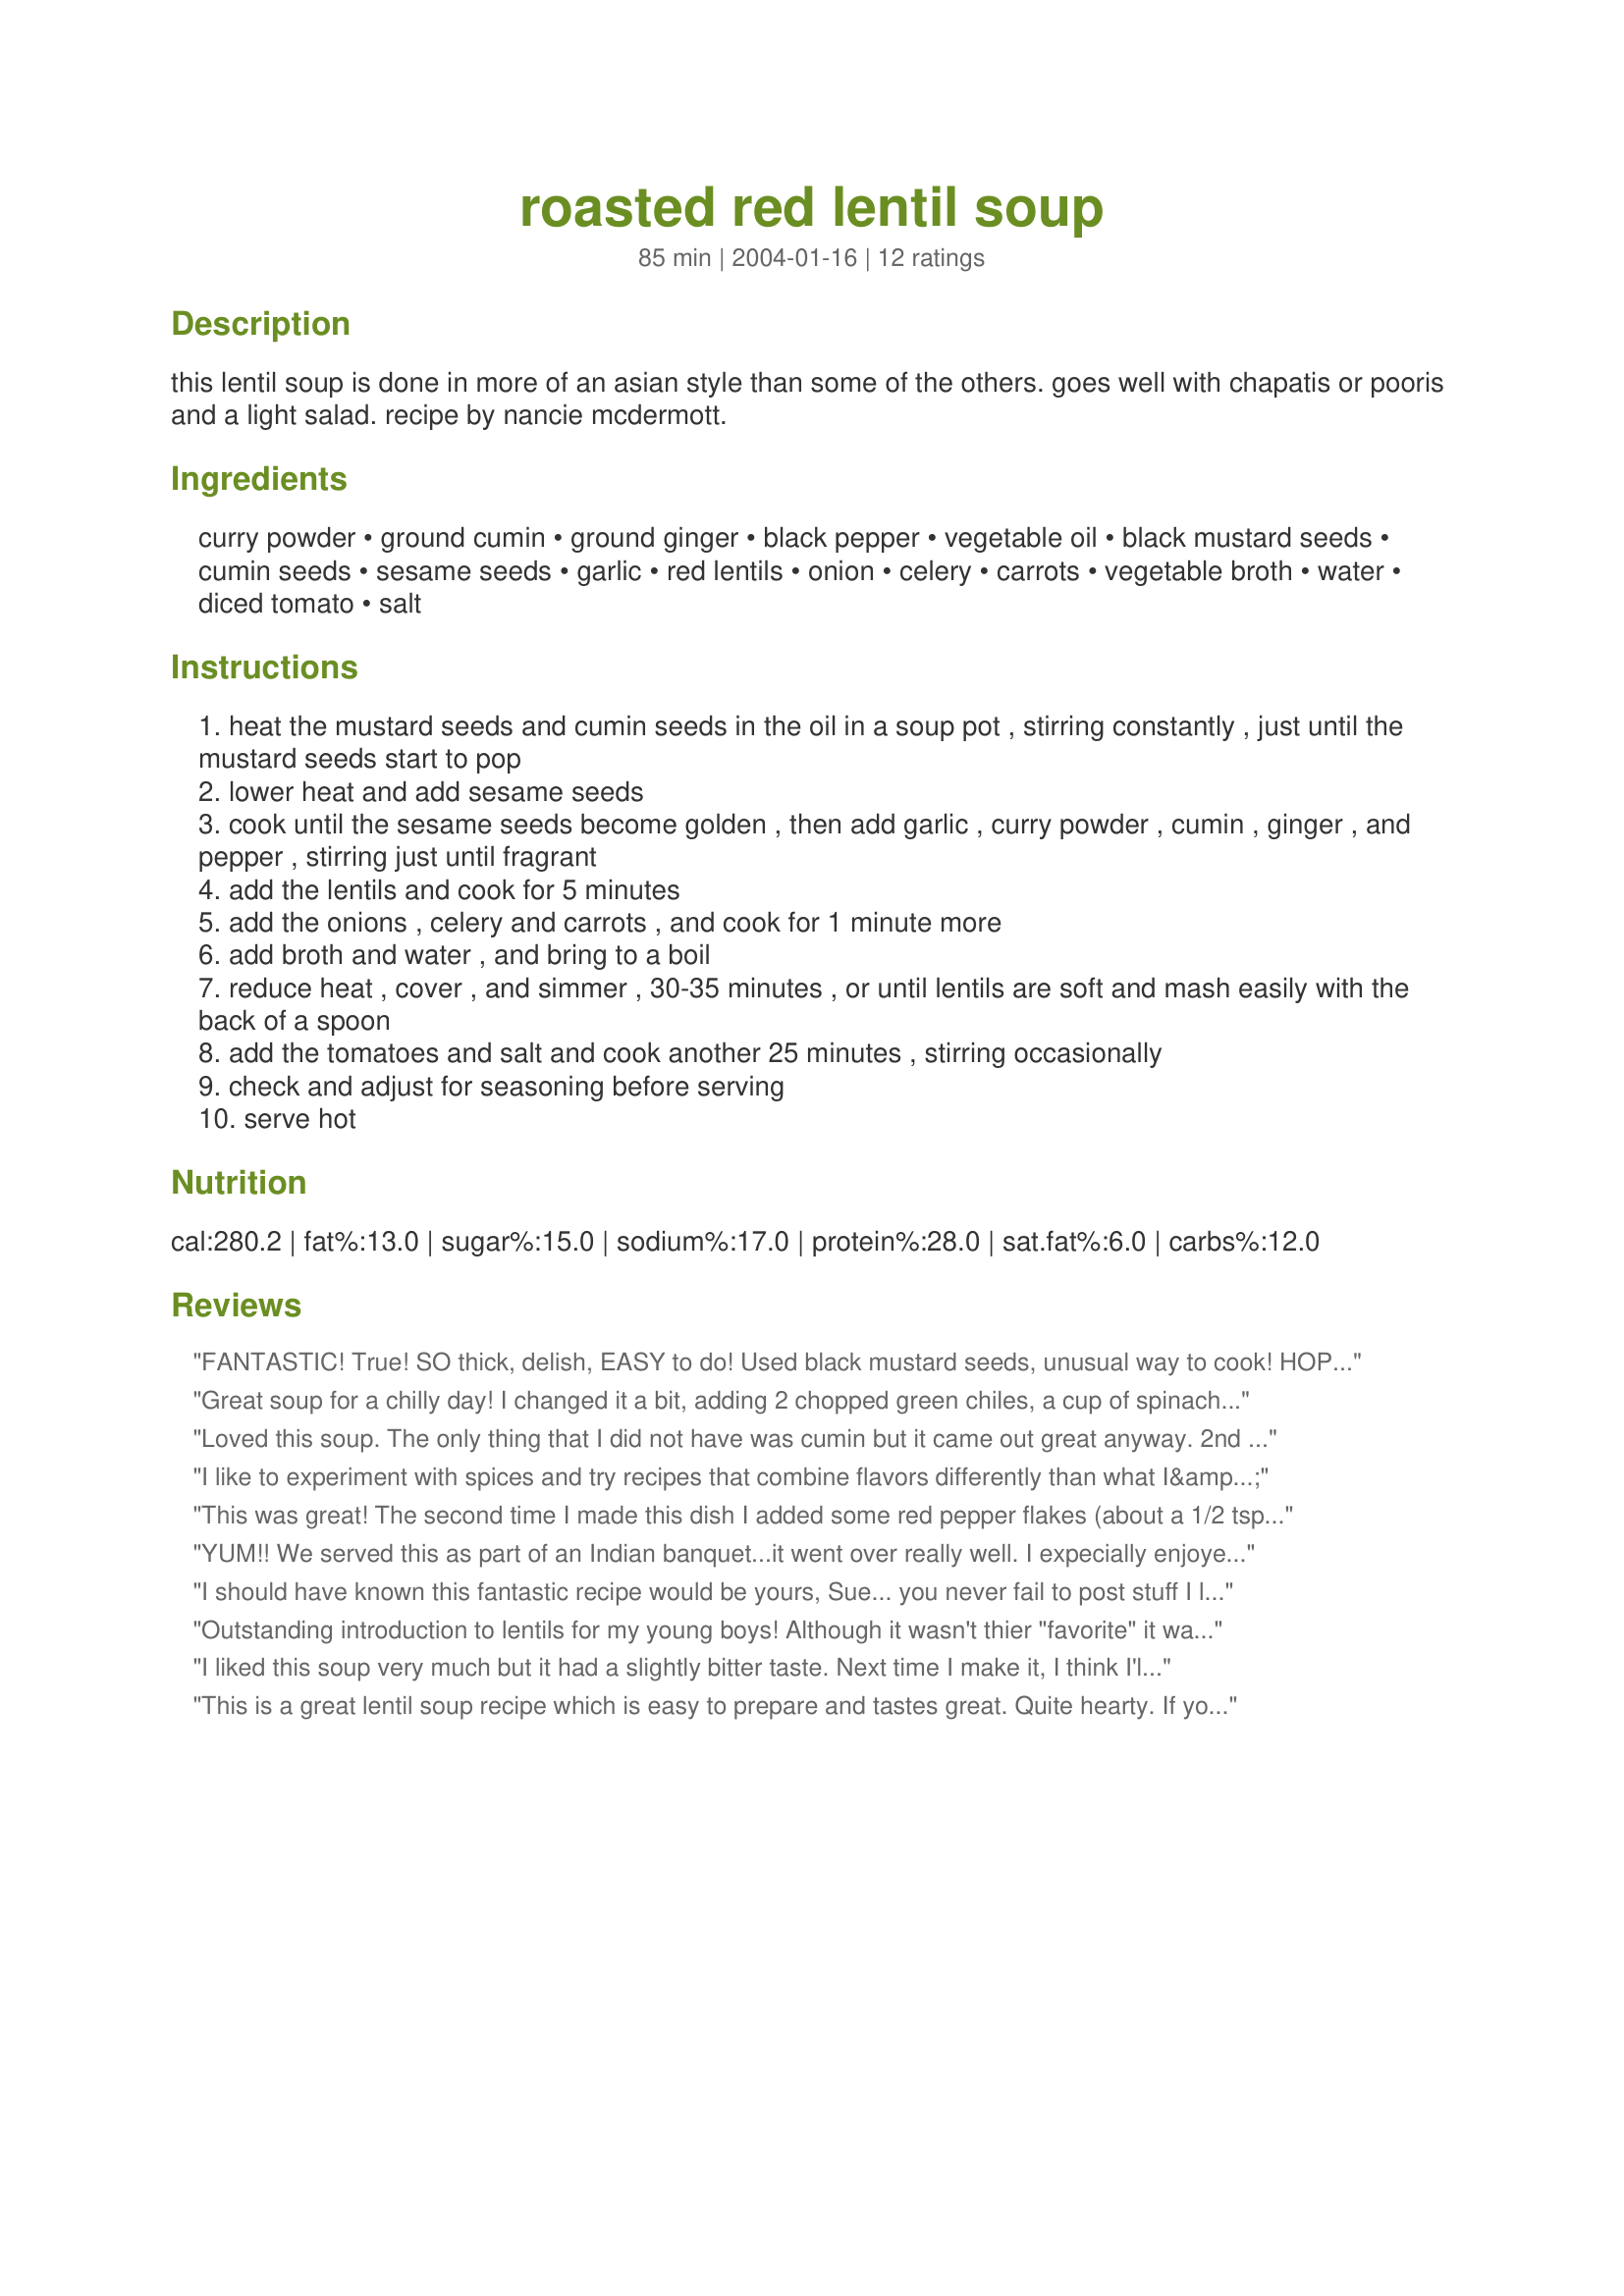
roasted red lentil soup
Preparation time: 85 minutes

this lentil soup is done in more of an asian style than some of the others. goes well with chapatis or pooris and a light salad. recipe by nancie mcdermott.

Ingredients:
curry powder, ground cumin, ground ginger, black pepper, vegetable oil, black mustard seeds, cumin seeds, sesame seeds, garlic, red lentils, onion, celery, carrots, vegetable broth, water, diced tomato, salt

Steps:
heat the mustard seeds and cumin seeds in the oil in a soup pot , stirring constantly , just until the mustard seeds start to pop
lower heat and add sesame seeds
cook until the sesame seeds become golden , then add garlic , curry powder , cumin , ginger , and pepper , stirring just until fragrant
add the lentils and cook for 5 minutes
add the onions , celery and carrots , and cook for 1 minute more
add broth and water , and bring to a boil
reduce heat , cover , and simmer , 30-35 minutes , or until lentils are soft and mash easily with the back of a spoon
add the tomatoes and salt and cook another 25 minutes , stirring occasionally
check and adjust for seasoning before serving
serve hot

Reviews:
FANTASTIC! True!
SO thick, delish, EASY to do!
Used black mustard seeds, unusual way to cook!
HOPE others will DEFINATELY have a look!
Great soup for a chilly day! I changed it a bit, adding 2 chopped green chiles, a cup of spinach (because i wanted to use it!), and a cup of tomato pulp instead of a fresh tomato (because i realized i didn't have one). It turned out spicy and delicious!
Loved this soup. The only thing that I did not have was cumin but it came out great anyway. 2nd time, I added cooked ground chicken, and chicken broth. Since I had some spinach, I put some in the soup with some sprinkles of cheese, and that was delicious too.
I like to experiment with spices and try recipes that combine flavors differently than what I&#039;m use to. I love making the wonderful Southern food my mom made while I was growing up. So when I wanted to spice up dinner I asked people who grew up in different cultures how their mother made her favorite dish. This recipe has the same flair as ones given to me by friends from India and Morocco. Lentils are healthy, cheap, and cook quickly. The spices in this dish make them a real taste treat. I couldn&#039;t remember the name of this recipe. It&#039;s so good I searched online for 2 hours trying to find it. Thank goodness a friend I gave it to sent me a copy. They told me they make it often. Thank you for posting this. We really enjoy it.
This was great! The second time I made this dish I added some red pepper flakes (about a 1/2 tsp.) to give some heat to this spiced soup. Served with flame heated tortillas instead of naan, a dollup of sour cream, and some cilantro. Dreamy...
YUM!! We served this as part of an Indian banquet...it went over really well. I expecially enjoyed the addition of sesame seeds it gave it a unusual texture. Dont change a thing...it's perfect as written.
Thanks for sharing, this soup will make it to our table again and again over the winter months.
I should have known this fantastic recipe would be yours, Sue... you never fail to post stuff I love. We made this exactly as written and both loved the pants off it! (You don't see it wearing pants in the pictures, do you? :D) This is a great lentil soup that's packed with flavor, has restaurant quality depth of flavor, and really not at all difficult to make. I served this with Recipe #13000, basmati, naan, raita, malai kofta and delicious mango lassis. Perfect! Thank you, Sue!
Outstanding introduction to lentils for my young boys! Although it wasn't thier "favorite" it was a hit! Delicious flavor, subtle yet aromatic. I did add heapping measureings. Thanks Sue, it's great!
I liked this soup very much but it had a slightly bitter taste. Next time I make it, I think I'll top it with a scoop of sour cream.
This is a great lentil soup recipe which is easy to prepare and tastes great. Quite hearty. If you like chili, it would not go astray in this recipe.
We really enjoyed this.
This was good! I used split red lentils because that's the only kind I can find and only added 2 cups water (we like thicker soups) but followed all other directions to a "T". We served Roti / Phulkas #90817 on the side, which went really well and added a dollop of yogurt on top. I was kind of surprised that this did not taste more spiced, considering how many/how much spices are in it. I was very happy with the flavor the sesame seeds and the almost caviar-like black mustard seeds bursting in your mouth. Tasty. This is a good recipe.
